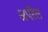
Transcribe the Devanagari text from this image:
अपरैल